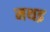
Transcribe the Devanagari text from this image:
मथइ